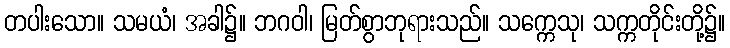
တပါးသော။ သမယံ၊ အခါ၌။ ဘဂဝါ၊ မြတ်စွာဘုရားသည်။ သက္ကေသု၊ သက္ကတိုင်းတို့၌။